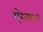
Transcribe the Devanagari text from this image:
एरेवाश